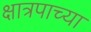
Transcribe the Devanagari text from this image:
क्षात्रपाच्या